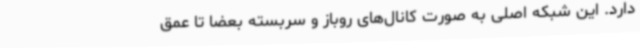
دارد. این شبکه اصلی به صورت کانال‌های روباز و سربسته بعضاً تا عمق